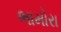
ભામોરા